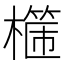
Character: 𣛈